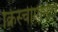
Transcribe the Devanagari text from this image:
क्रिस्चीऐनिटी